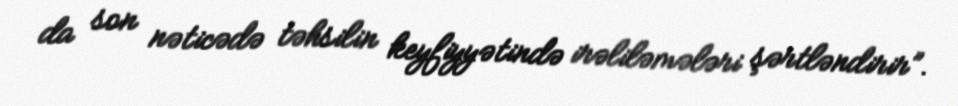
da son nəticədə təhsilin keyfiyyətində irəliləmələri şərtləndirir”.